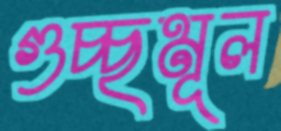
গুচ্ছমূল